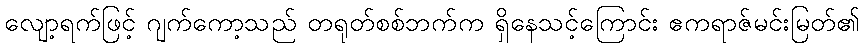
လျော့ရက်ဖြင့် ဂျက်ကော့သည် တရုတ်စစ်ဘက်က ရှိနေသင့်ကြောင်း ဧကရာဇ်မင်းမြတ်၏